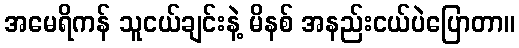
အမေရိကန် သူငယ်ချင်းနဲ့ မိနစ် အနည်းငယ်ပဲပြောတာ။